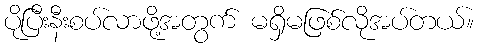
ပိုပြီးနီးစပ်လာဖို့အတွက် မရှိမဖြစ်လိုအပ်တယ်။